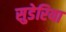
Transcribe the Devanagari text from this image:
सुडेरिया